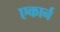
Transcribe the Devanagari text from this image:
एकार्न